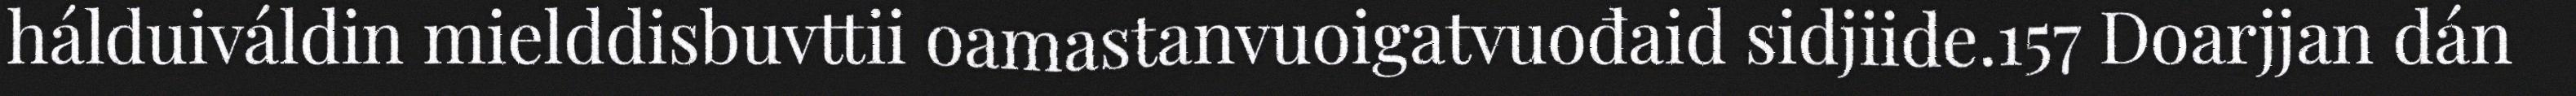
hálduiváldin mielddisbuvttii oamastanvuoigatvuođaid sidjiide.157 Doarjjan dán